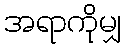
အရာကိုမျှ